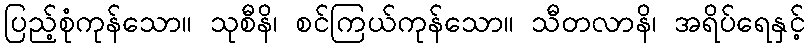
ပြည့်စုံကုန်သော။ သုစီနိ၊ စင်ကြယ်ကုန်သော။ သီတလာနိ၊ အရိပ်ရေနှင့်